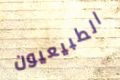
الطبيعيون